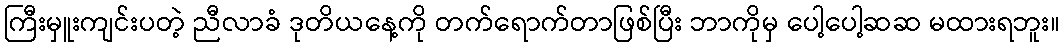
ကြီးမှူးကျင်းပတဲ့ ညီလာခံ ဒုတိယနေ့ကို တက်ရောက်တာဖြစ်ပြီး ဘာကိုမှ ပေါ့ပေါ့ဆဆ မထားရဘူး။